Report on the cultivation and use of ganja
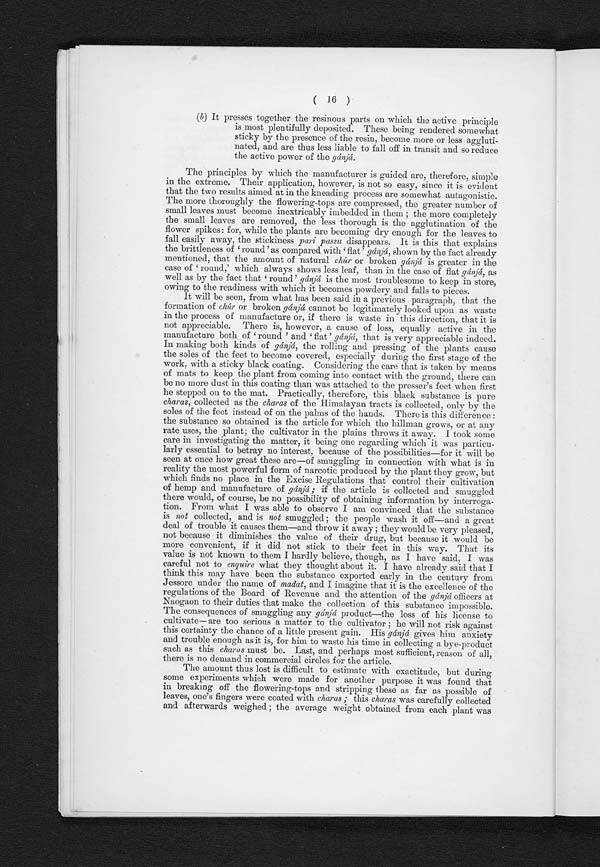
( 16 )
(b) It presses together the resinous parts on which the active principle
is most plentifully deposited. These being rendered somewhat
sticky by the presence of the resin, become more or less aggluti-
nated, and are thus less liable to fall off in transit and so reduce
the active power of the gánjá.
The principles by which the manufacturer is guided are, therefore, simple
in the extreme. Their application, however, is not so easy, since it is evident
that the two results aimed at in the kneading process are somewhat antagonistic.
The more thoroughly the flowering-tops are compressed, the greater number of
small leaves must become inextricably imbedded in them;the more completely
the small leaves are removed, the less thorough is the agglutination of the
flower spikes:for, while the plants are becoming dry enough for the leaves to
fall easily away, the stickiness pari passu disappears.It is this that explains
the brittleness of 'round ' as compared with flat ' gánjá, shown by the fact already
mentioned, that the amount of natural chúr or broken gánjá is greater in the
c a s e o f ' r o u n d , ' wh i c h a l wa y s s h o ws l e s s l e a f , t h a n i n t h e c a s e o f f l a tg á n j á ,
a s
well as by the fact that 'round'g á n j á
i s t h e m o s t t r o u b l e s o m e t o k e e p i n s t o r e ,
owing to the readiness with which it becomes powdery and falls to pieces.
It will be seen, from what has been said in a previous paragraph, that the
formation of chúr. or broken gánjá cannot be legitimately looked upon as waste
in the process of manufacture or, if there is waste in this direction, that it is
not appreciable.There is, however, a cause of loss,equally active in the
manufacture both of 'round ' and 'flat'g á n j á ,
that is very appreciable indeed.
In making both kinds of g á
n j á ,
t h e r o l l i n g a n d p r e s s i n g o f t h e p l a n t s c a u s e
the soles of the feet to become covered, especially during the first stage of the
work,with a sticky black coating. Considering the care that is taken by means
of mats to keep the plant from coming into contact with the ground, there can
be no more dust in this coating than was attached. to the presser's feet when first
he stepped on to the mat. Practically, therefore, this black substance is pure
charas, collected as the charas of the Himalayan tracts is collected, only by the
soles of the feet instead of on the palms of the hands. There is this difference:
the substance so obtained is the article for which the hillman grows,or at any
rate uses, the plant; the cultivator in the plains throws it away. I took some
care in investigating the matter, it being one regarding which it was particu-
larly essential to betray no interest, because of the possibilities—for it will be
seen at once how great these are—of smuggling in connection with what is in
reality the most powerful form of narcotic produced by the plant they grow,but
which finds no place in the Excise Regulations that control their cultivation
of hemp and manufacture of gánjá ;if the article is collected and smuggled
there would, of course, be no possibility of obtaining information by interroga-
tion.From what I was able to observe I am convinced that the substance
is not collected, and is not smuggled;the people wash it off—and a great
deal of trouble it causes them—and throw it away; they would be very pleased,
not because it diminishes the value of their drug, but because it would be
more convenient, if it did not stick to their feet in this way. That its
value is not known to them I hardly believe, though, as I have said, I was
careful not to enquire what they thought about it. I have already said that I
think this may have been the substance exported early in the century from
Jessore under the name of madat, and I imagine that it is the excellence of the
regulations of the Board of Revenue and the attention of the gánjá officers at
Naogaon to their duties that make the collection of this substance impossible.
The consequences of smuggling any gánjá product—the loss of his license to
cultivate—are too serious a matter to the cultivator; he will not risk against
this certainty the chance of a little present gain. His gánjá gives him anxiety
and trouble enough as it is, for him to waste his time in collecting a bye-product
such as this charas must be. Last, and perhaps most sufficient, reason of all,
there is no demand in commercial circles for the article.
The amount thus lost is difficult to estimate with exactitude, but during
some experiments which were made for another purpose it was found that
in breaking off the flowering-tops and stripping these as far as possible of
leaves, one's fingers were coated with charas; this charas was carefully collected
and afterwards weighed; the average weight obtained from each plant was